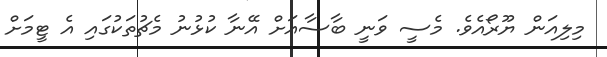
މިލިއަން ޔޫރޯއެވެ. މެސީ ވަނީ ބާސާއަށް އޭނާ ކުޅުނު މެޗުތަކުގައި އެ ޓީމަށް